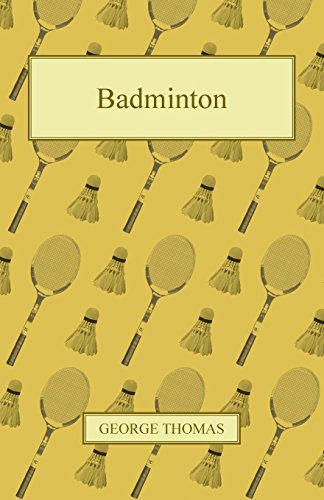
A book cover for Badminton; George Thomas; Sports & Outdoors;